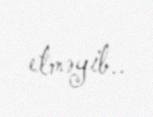
etməyib..